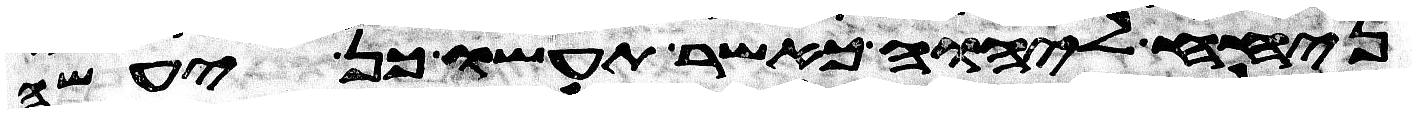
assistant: ניחח ליהוה כאשר תעשו כן יעשה